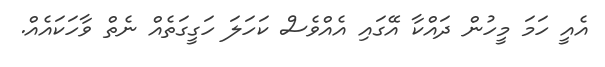
އެއީ ހަމަ މީހުން ދައްކާ އޭގައި އެއްވެސް ކަހަލަ ހަގީގަތެއް ނެތް ވާހަކައެއް.